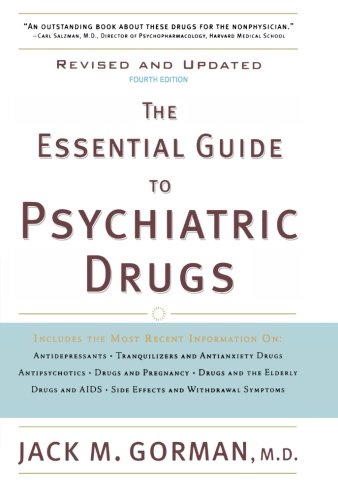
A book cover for The Essential Guide to Psychiatric Drugs, Revised and Updated; Jack M. Gorman; Health, Fitness & Dieting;